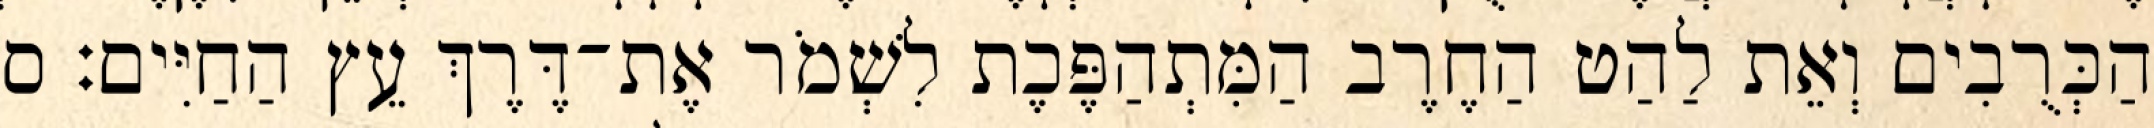
הַכְּרֻבִים וְאֵת לַהַט הַחֶרֶב הַמִּתְהַפֶּכֶת לִשְׁמֹר אֶת־דֶּרֶךְ עֵץ הַחַיִּים׃ ס